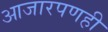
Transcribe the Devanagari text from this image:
आजारपणही